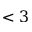
< 3